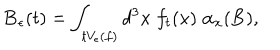
{ \bf B } _ { \epsilon } ( t ) = \int _ { t V _ { \epsilon } ( f ) } d ^ { 3 } x \; f _ { t } ( x ) \; \alpha _ { x } ( { \bf B } ) ,